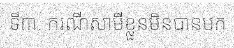
ទី៣. ករណីសាមីខ្លួនមិនបានមក